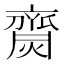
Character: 齌